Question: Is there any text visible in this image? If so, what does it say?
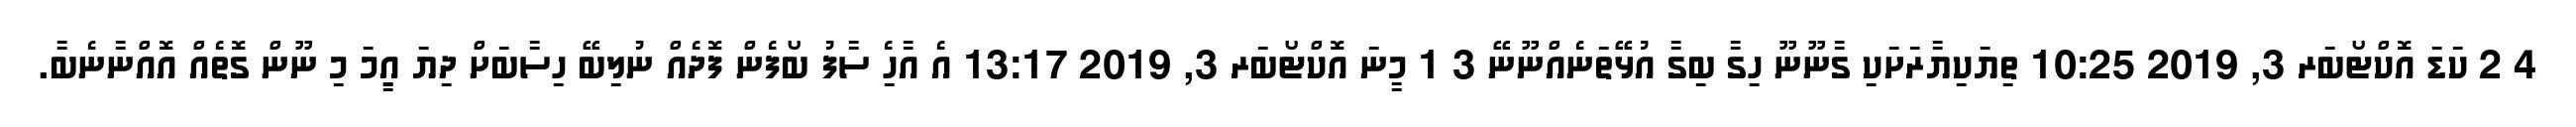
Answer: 4 2 ކަޑަ އޮކްޓޯބަރ 3, 2019 10:25 ތިޔަކިޔާރަށަކި ގާނޫނޫ ހިގާ ބިގާ އުޅޭތަނެއްނޫނޭ 3 1 މީނަ އޮކްޓޯބަރ 3, 2019 13:17 އެ އާހެި ސާފު ބޯފެން ފޮދެއް ނުލިބޭ ހިސާބަށް ދިޔަ އިީމަ މި ނޫން ގޮތެއް އޮއްނާނެބާ.